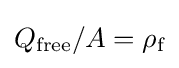
Q_{\text{free}}/A=\rho _{\text{f}}